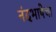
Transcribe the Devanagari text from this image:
नंदभाषेचा